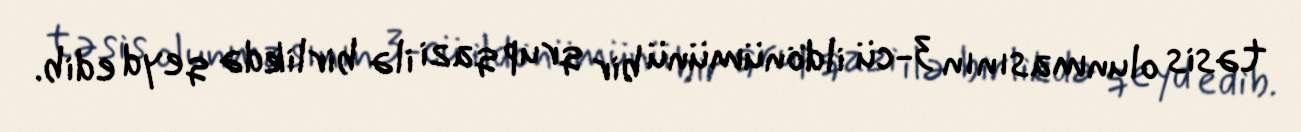
təsis olunmasının 3-cü ildönümünü bir qrup qazi ilə birlikdə qeyd edib.